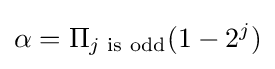
\alpha =\Pi _{j{\text{ is odd}}}(1-2^{j})